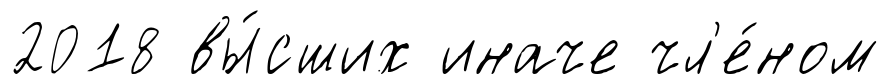
2018 вы́сших иначе чл'е́ном